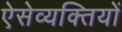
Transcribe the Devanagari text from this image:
ऐसेव्यक्तियों